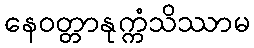
နေဝတ္တာနုက္ကံသိဿာမ